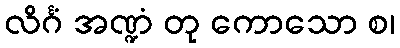
လိင်္ဂံ အဏ္ဍံ တု ကောသော စ၊